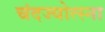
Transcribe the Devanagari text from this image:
चंदज्योत्स्ना